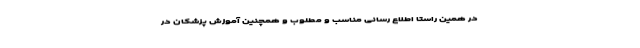
در همین راستا اطلاع رسانی مناسب و مطلوب و همچنین آموزش پزشکان در